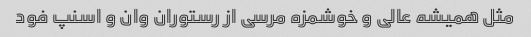
مثل همیشه عالی و خوشمزه مرسی از رستوران وان و اسنپ فود